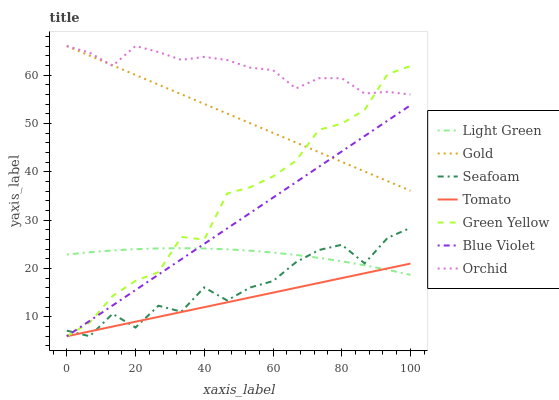
| xaxis_label | Light Green | Gold | Seafoam | Tomato | Green Yellow | Blue Violet | Orchid |
 | --- | --- | --- | --- | --- | --- | --- | --- |
 | 0 | 22.9 | 66 | 7.16 | 6 | 6 | 6 | 66 |
 | 6.67 | 23.4 | 64 | 6 | 7 | 8.83 | 9.18 | 64.6 |
 | 13.3 | 23.7 | 62 | 10.6 | 8 | 14.3 | 12.4 | 61.9 |
 | 20 | 24 | 60 | 7.8 | 9 | 17.5 | 15.6 | 66 |
 | 26.7 | 24.2 | 58 | 12.3 | 10 | 19.2 | 18.7 | 64.8 |
 | 33.3 | 24.2 | 56 | 11.1 | 11 | 26.5 | 21.9 | 63.1 |
 | 40 | 24.1 | 54 | 16.1 | 12 | 26 | 25.1 | 63.8 |
 | 46.7 | 24 | 52 | 13.4 | 13 | 35.5 | 28.3 | 63.1 |
 | 53.3 | 23.7 | 50 | 16.1 | 14 | 36.8 | 31.5 | 61.5 |
 | 60 | 23.3 | 48 | 17.4 | 15 | 39 | 34.7 | 61 |
 | 66.7 | 22.8 | 46.1 | 21.3 | 16 | 42.3 | 37.8 | 57.2 |
 | 73.3 | 22.2 | 44.1 | 23.8 | 17 | 48.7 | 41 | 59.3 |
 | 80 | 21.5 | 42.1 | 24.9 | 18 | 49.9 | 44.2 | 59.3 |
 | 86.7 | 20.7 | 40.1 | 21.1 | 19 | 52.8 | 47.4 | 56.2 |
 | 93.3 | 19.7 | 38.1 | 26.3 | 20 | 60.2 | 50.6 | 56.5 |
 | 100 | 18.7 | 36.1 | 28.4 | 21 | 61.8 | 53.8 | 56 |